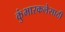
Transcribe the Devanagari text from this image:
कुंभारकलेसाठी